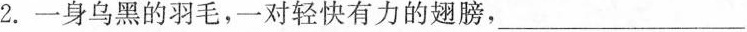
2.一身乌黑的羽毛，一对轻快有力的翅膀，___，